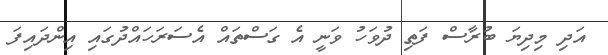
އަދި މިދިޔަ ބުރާސް ފަތި ދުވަހު ވަނީ އެ ގަސްތައް އެސަރަހައްދުގައި އިންދައިފަ